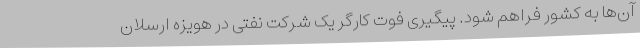
آن‌ها به کشور فراهم شود. پیگیری فوت کارگر یک شرکت نفتی در هویزه ارسلان